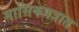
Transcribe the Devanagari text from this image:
मासिकपत्रात